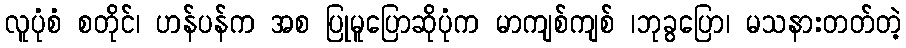
လူပုံစံ စတိုင်၊ ဟန်ပန်က အစ ပြုမူပြောဆိုပုံက မာကျစ်ကျစ် ၊ဘုခွပြော၊ မသနားတတ်တဲ့